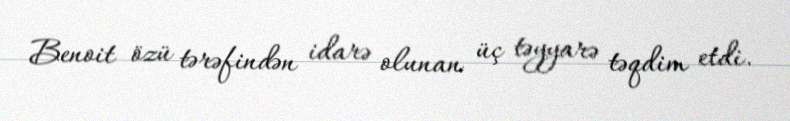
Benoit özü tərəfindən idarə olunan üç təyyarə təqdim etdi.